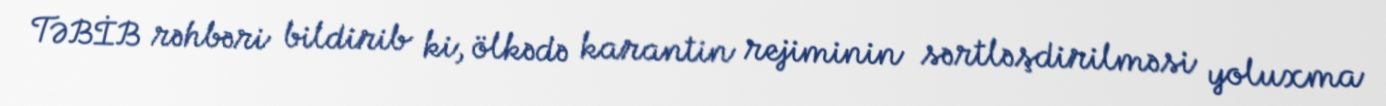
TƏBİB rəhbəri bildirib ki, ölkədə karantin rejiminin sərtləşdirilməsi yoluxma